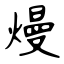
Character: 熳